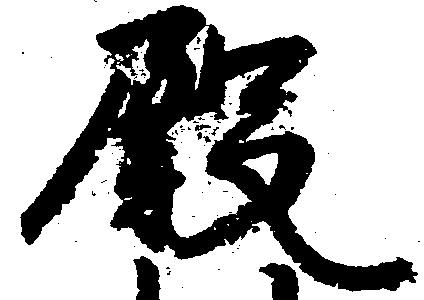
殿